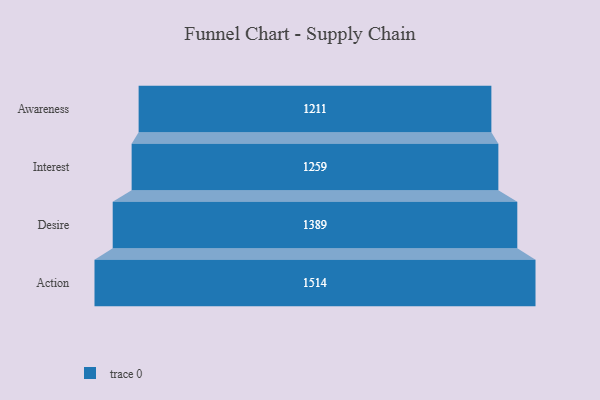
{"axis": {"x": "Stage", "y": "Value"}, "legend": [""], "data": [{"x": "Awareness", "y": 1211.0, "type": ""}, {"x": "Interest", "y": 1259.0, "type": ""}, {"x": "Desire", "y": 1389.0, "type": ""}, {"x": "Action", "y": 1514.0, "type": ""}]}